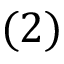
( 2 )